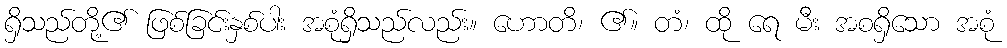
ရှိသည်တို့၏ ဖြစ်ခြင်းနှစ်ပါး အစုံရှိသည်လည်း။ ဟောတိ၊ ၏။ တံ၊ ထို ရေ မီး အစရှိသော အစုံ